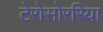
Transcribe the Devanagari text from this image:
टेरोसोररिया